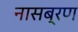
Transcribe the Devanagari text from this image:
नासब्रण